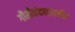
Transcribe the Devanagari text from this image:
गौरीनंदनापर्यंत